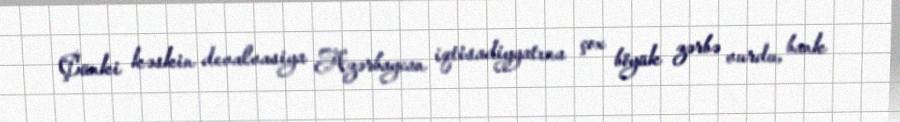
Çünki kəskin devalvasiya Azərbaycan iqtisadiyyatına çox böyük zərbə vurdu, bank